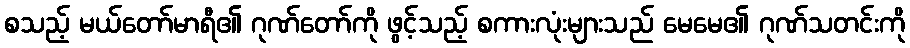
စသည့် မယ်တော်မာရီ၏ ဂုဏ်တော်ကို ဖွင့်သည့် စကားလုံးများသည် မေမေ၏ ဂုဏ်သတင်းကို